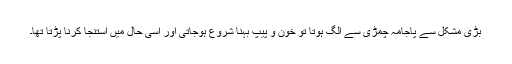
بڑی مشکل سے پاجامہ چمڑی سے الگ ہوتا تو خون و پیپ بہنا شروع ہوجاتی اور اسی حال میں استنجا کرنا پڑتا تھا۔